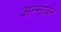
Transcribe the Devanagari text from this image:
अन्‍नावर